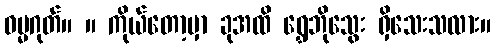
ဓမ္မဂုတ်။ ။ ကိုယ်တော့မှာ ခုအထိ ရွှေဘိုသွေး ရှိသေးသလား။